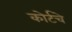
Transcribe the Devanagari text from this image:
कोर्टचे